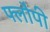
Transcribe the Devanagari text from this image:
फ्लौपी